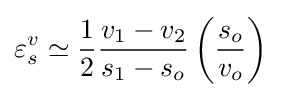
\varepsilon _{s}^{v}\simeq {\frac {1}{2}}{\frac {v_{1}-v_{2}}{s_{1}-s_{o}}}\left({\frac {s_{o}}{v_{o}}}\right)